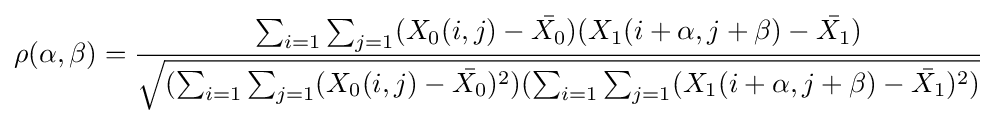
\rho (\alpha ,\beta )={\frac {\sum _{i=1}\sum _{j=1}(X_{0}(i,j)-{\bar {X_{0}}})(X_{1}(i+\alpha ,j+\beta )-{\bar {X_{1}}})}{\sqrt {(\sum _{i=1}\sum _{j=1}(X_{0}(i,j)-{\bar {X_{0}}})^{2})(\sum _{i=1}\sum _{j=1}(X_{1}(i+\alpha ,j+\beta )-{\bar {X_{1}}})^{2})}}}